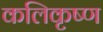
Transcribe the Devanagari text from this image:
कलिकृष्ण